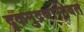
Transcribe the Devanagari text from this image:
दृकमुद्रणासोबत